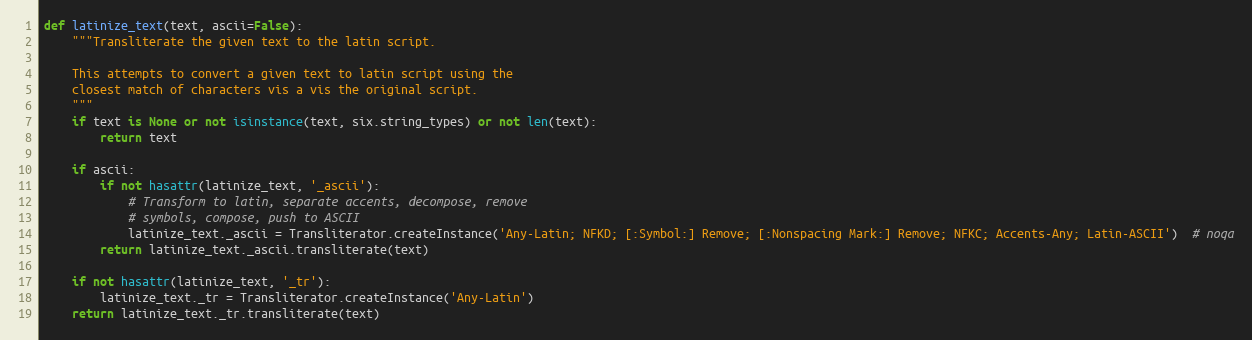
Language: Python
def latinize_text(text, ascii=False):
    """Transliterate the given text to the latin script.

    This attempts to convert a given text to latin script using the
    closest match of characters vis a vis the original script.
    """
    if text is None or not isinstance(text, six.string_types) or not len(text):
        return text

    if ascii:
        if not hasattr(latinize_text, '_ascii'):
            # Transform to latin, separate accents, decompose, remove
            # symbols, compose, push to ASCII
            latinize_text._ascii = Transliterator.createInstance('Any-Latin; NFKD; [:Symbol:] Remove; [:Nonspacing Mark:] Remove; NFKC; Accents-Any; Latin-ASCII')  # noqa
        return latinize_text._ascii.transliterate(text)

    if not hasattr(latinize_text, '_tr'):
        latinize_text._tr = Transliterator.createInstance('Any-Latin')
    return latinize_text._tr.transliterate(text)